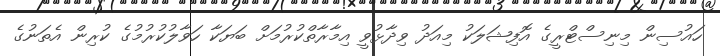
ހައުސިން މިނިސްޓްރީގެ އޮފިޝަލަކު މިއަދު ވިދާޅުވީ އިމާރާތްކުރުމަށް ބަޔަކާ ހަވާލުކުރުމުގެ ކުރިން އެތަނުގެ